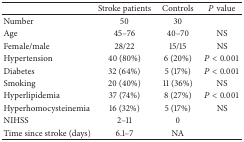
<table><thead><tr><td><b> </b></td><td><b>Stroke patients</b></td><td><b>Controls</b></td><td><b><i>P</i> value</b></td></tr></thead><tbody><tr><td>Number</td><td>50</td><td>30</td><td> </td></tr><tr><td>Age</td><td>45–76</td><td>40–70</td><td>NS</td></tr><tr><td>Female/male</td><td>28/22</td><td>15/15</td><td>NS</td></tr><tr><td>Hypertension</td><td>40 (80%)</td><td>6 (20%)</td><td><i>P</i> &lt; 0.001</td></tr><tr><td>Diabetes</td><td>32 (64%)</td><td>5 (17%)</td><td><i>P</i> &lt; 0.001</td></tr><tr><td>Smoking</td><td>20 (40%)</td><td>11 (36%)</td><td>NS</td></tr><tr><td>Hyperlipidemia</td><td>37 (74%)</td><td>8 (27%)</td><td><i>P</i> &lt; 0.001</td></tr><tr><td>Hyperhomocysteinemia</td><td>16 (32%)</td><td>5 (17%)</td><td>NS</td></tr><tr><td>NIHSS</td><td>2–11</td><td>0</td><td> </td></tr><tr><td>Time since stroke (days)</td><td>6.1–7</td><td>NA</td><td> </td></tr></tbody></table>